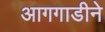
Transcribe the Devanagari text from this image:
आगगाडीने